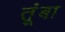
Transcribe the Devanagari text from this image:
तूंबा